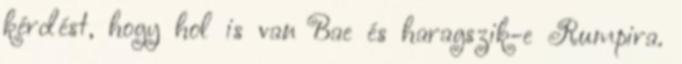
kérdést, hogy hol is van Bae és haragszik-e Rumpira.